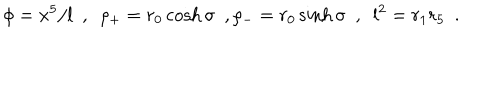
\phi = x ^ { 5 } / l ~ ~ , ~ ~ \rho _ { + } = r _ { 0 } \cosh \sigma ~ ~ , \rho _ { - } = r _ { 0 } \sinh \sigma ~ ~ , ~ ~ l ^ { 2 } = r _ { 1 } r _ { 5 } ~ ~ .